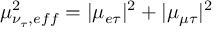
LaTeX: \mu _ { \nu _ { \tau } , e f f } ^ { 2 } = | { \mu } _ { e \tau } | ^ { 2 } + | { \mu } _ { \mu \tau } | ^ { 2 }